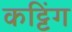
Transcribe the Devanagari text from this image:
कट्टिंग